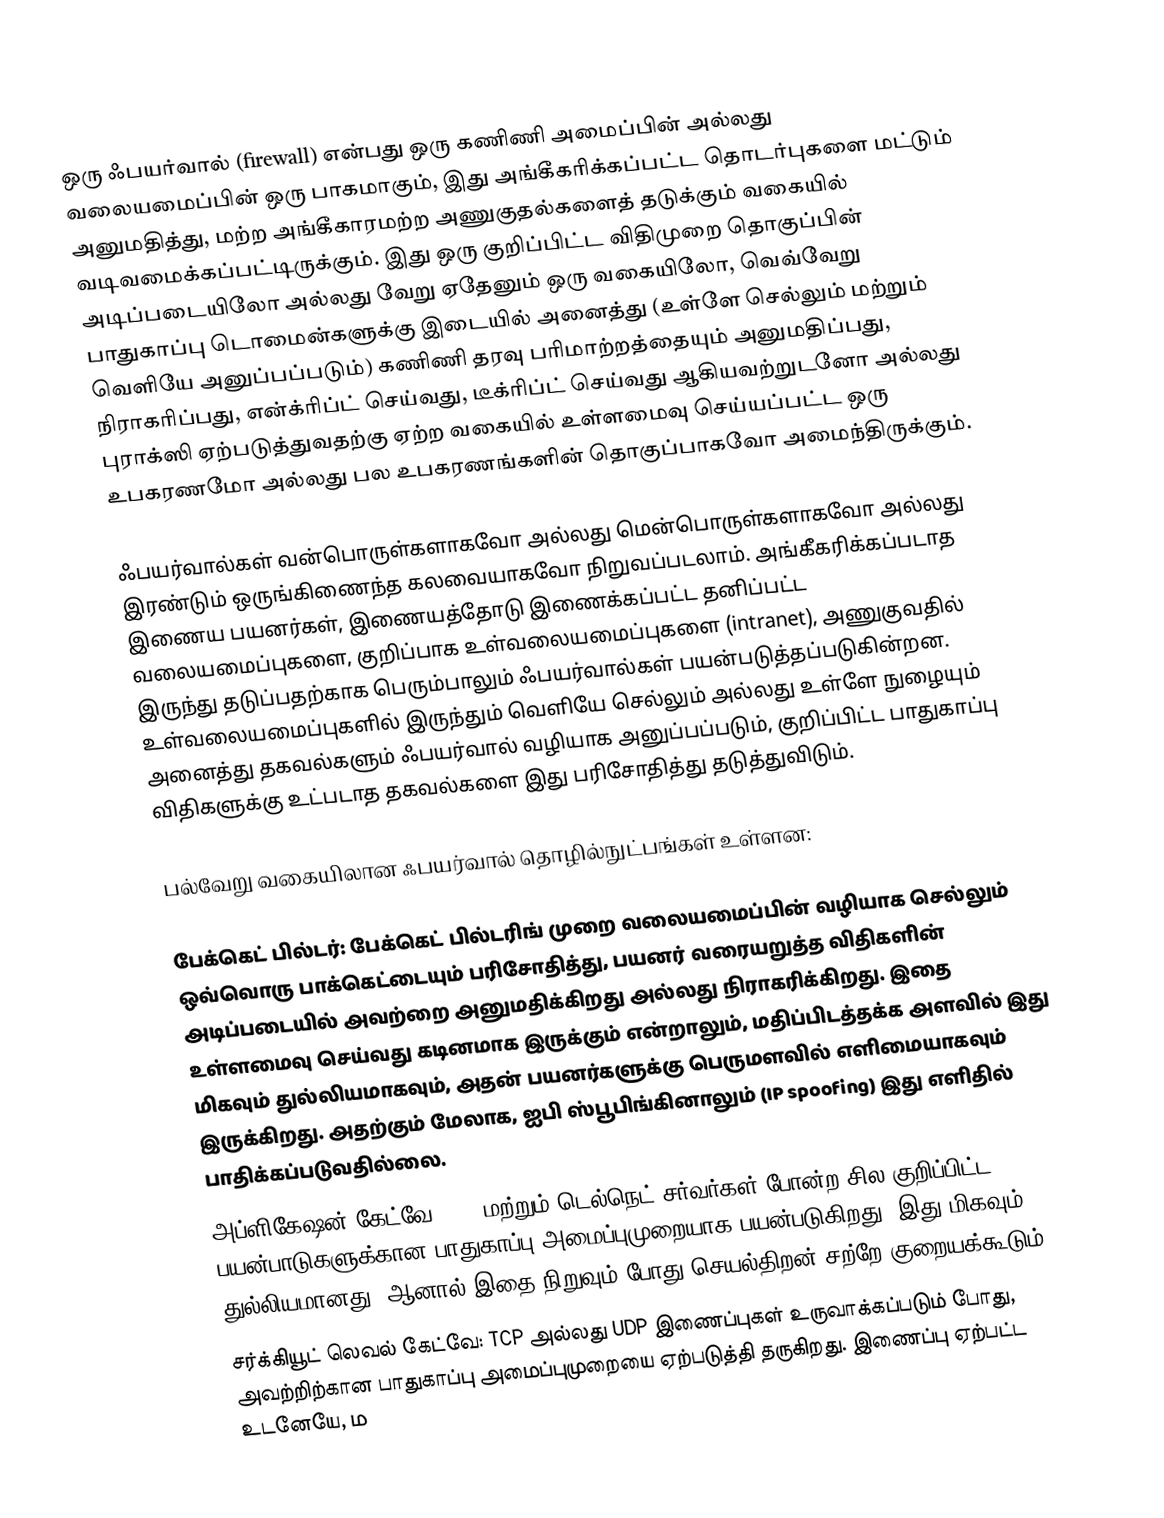
ஒரு ஃபயர்வால் (firewall) என்பது ஒரு கணிணி அமைப்பின் அல்லது வலையமைப்பின் ஒரு பாகமாகும், இது அங்கீகரிக்கப்பட்ட தொடர்புகளை மட்டும் அனுமதித்து, மற்ற அங்கீகாரமற்ற அணுகுதல்களைத் தடுக்கும் வகையில் வடிவமைக்கப்பட்டிருக்கும். இது ஒரு குறிப்பிட்ட விதிமுறை தொகுப்பின் அடிப்படையிலோ அல்லது வேறு ஏதேனும் ஒரு வகையிலோ, வெவ்வேறு பாதுகாப்பு டொமைன்களுக்கு இடையில் அனைத்து (உள்ளே செல்லும் மற்றும் வெளியே அனுப்பப்படும்) கணிணி தரவு பரிமாற்றத்தையும் அனுமதிப்பது, நிராகரிப்பது, என்க்ரிப்ட் செய்வது, டீக்ரிப்ட் செய்வது ஆகியவற்றுடனோ அல்லது புராக்ஸி ஏற்படுத்துவதற்கு ஏற்ற வகையில் உள்ளமைவு செய்யப்பட்ட ஒரு உபகரணமோ அல்லது பல உபகரணங்களின் தொகுப்பாகவோ அமைந்திருக்கும்.

ஃபயர்வால்கள் வன்பொருள்களாகவோ அல்லது மென்பொருள்களாகவோ அல்லது இரண்டும் ஒருங்கிணைந்த கலவையாகவோ நிறுவப்படலாம். அங்கீகரிக்கப்படாத இணைய பயனர்கள், இணையத்தோடு இணைக்கப்பட்ட தனிப்பட்ட வலையமைப்புகளை, குறிப்பாக உள்வலையமைப்புகளை (intranet), அணுகுவதில் இருந்து தடுப்பதற்காக பெரும்பாலும் ஃபயர்வால்கள் பயன்படுத்தப்படுகின்றன. உள்வலையமைப்புகளில் இருந்தும் வெளியே செல்லும் அல்லது உள்ளே நுழையும் அனைத்து தகவல்களும் ஃபயர்வால் வழியாக அனுப்பப்படும், குறிப்பிட்ட பாதுகாப்பு விதிகளுக்கு உட்படாத தகவல்களை இது பரிசோதித்து தடுத்துவிடும்.

பல்வேறு வகையிலான ஃபயர்வால் தொழில்நுட்பங்கள் உள்ளன:

 பேக்கெட் பில்டர்: பேக்கெட் பில்டரிங் முறை வலையமைப்பின் வழியாக செல்லும் ஒவ்வொரு பாக்கெட்டையும் பரிசோதித்து, பயனர் வரையறுத்த விதிகளின் அடிப்படையில் அவற்றை அனுமதிக்கிறது அல்லது நிராகரிக்கிறது. இதை உள்ளமைவு செய்வது கடினமாக இருக்கும் என்றாலும், மதிப்பிடத்தக்க அளவில் இது மிகவும் துல்லியமாகவும், அதன் பயனர்களுக்கு பெருமளவில் எளிமையாகவும் இருக்கிறது. அதற்கும் மேலாக, ஐபி ஸ்பூபிங்கினாலும் (IP spoofing) இது எளிதில் பாதிக்கப்படுவதில்லை.
 அப்ளிகேஷன் கேட்வே: FTP மற்றும் டெல்நெட் சர்வர்கள் போன்ற சில குறிப்பிட்ட பயன்பாடுகளுக்கான பாதுகாப்பு அமைப்புமுறையாக பயன்படுகிறது. இது மிகவும் துல்லியமானது, ஆனால் இதை நிறுவும் போது செயல்திறன் சற்றே குறையக்கூடும்.
 சர்க்கியூட் லெவல் கேட்வே: TCP அல்லது UDP இணைப்புகள் உருவாக்கப்படும் போது, அவற்றிற்கான பாதுகாப்பு அமைப்புமுறையை ஏற்படுத்தி தருகிறது. இணைப்பு ஏற்பட்ட உடனேயே, ம